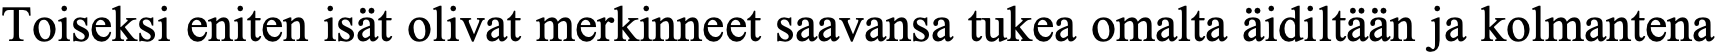
Toiseksi eniten isät olivat merkinneet saavansa tukea omalta äidiltään ja kolmantena